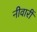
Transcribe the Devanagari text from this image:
नीवारीं